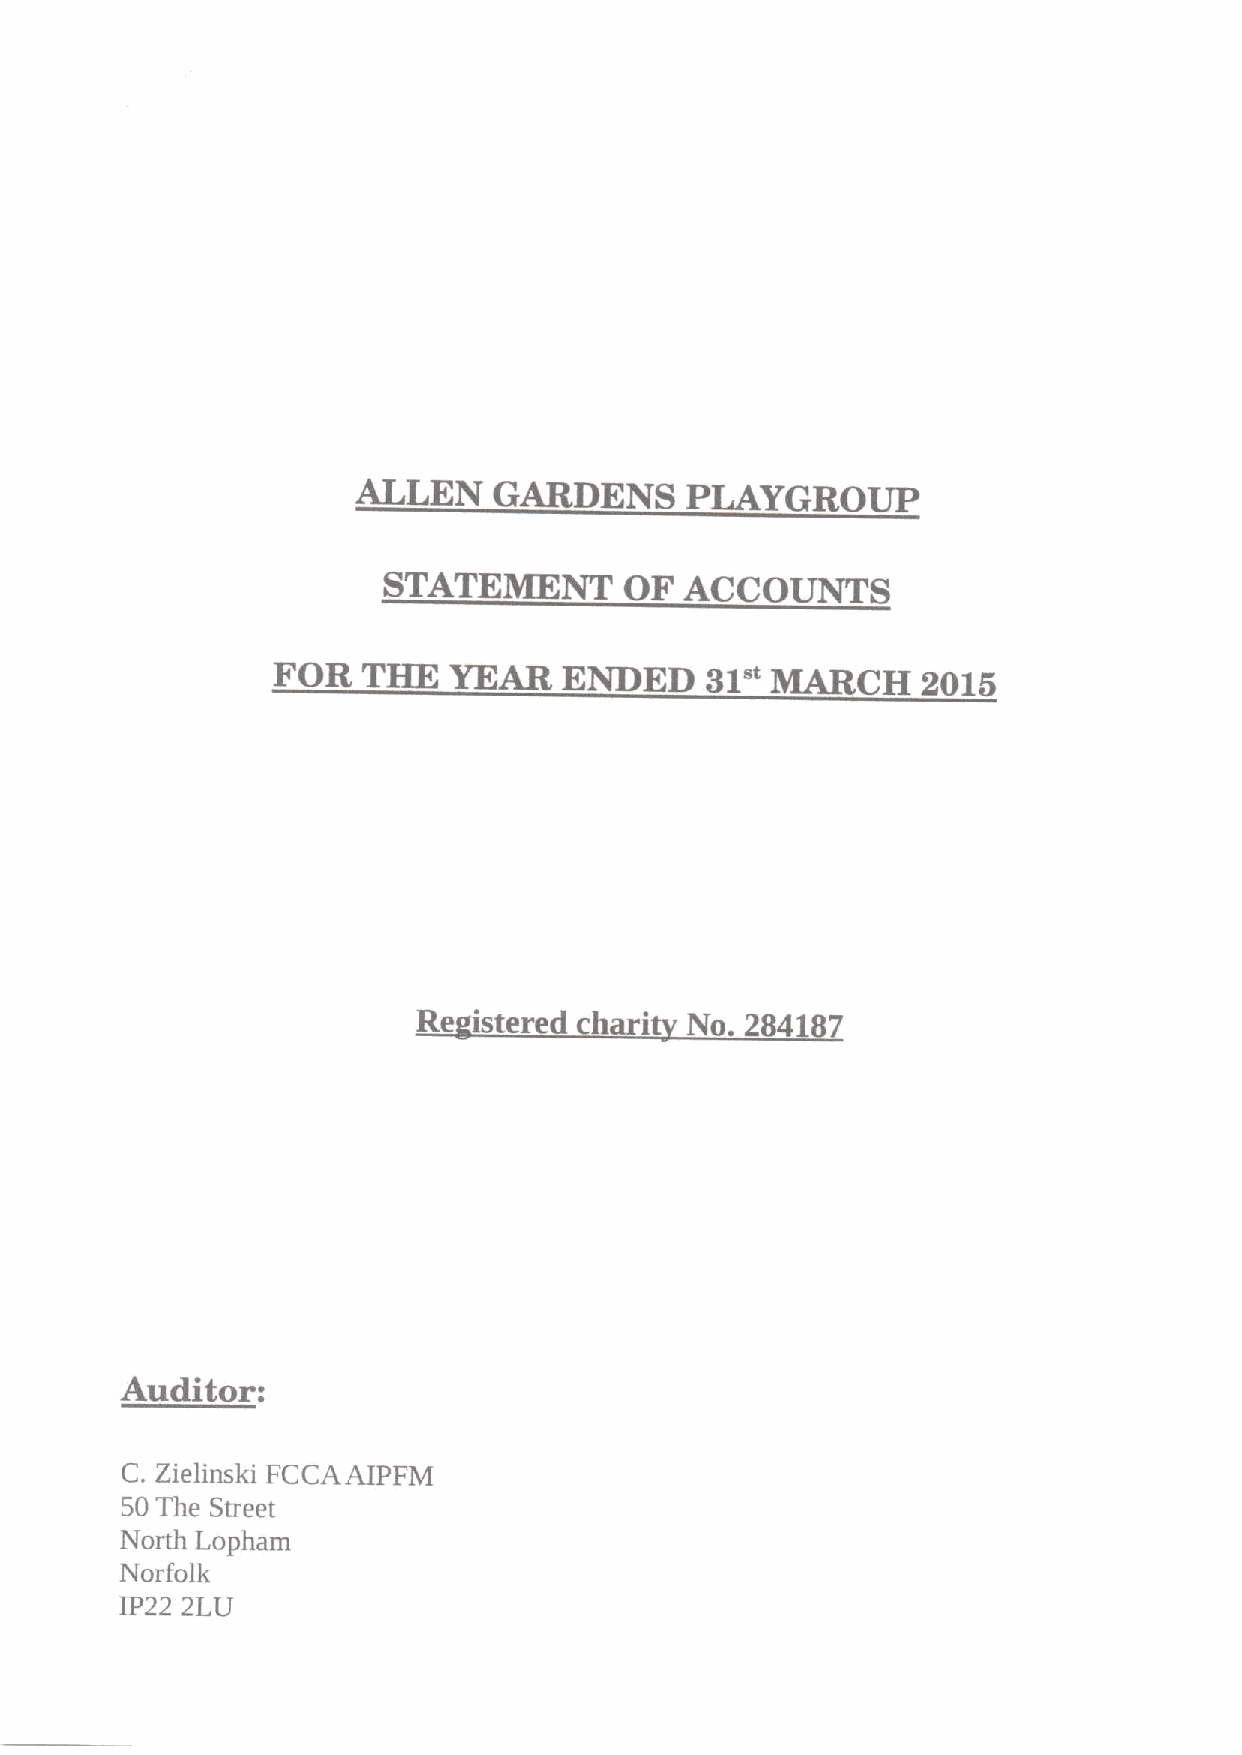
ALLEN    GARDENS     PLAYGROUP
 STATEMENT       OF  ACCOUNTS
 FOR   THE   YEAR   ENDED     31" MARCH     2015
 Re istered chari No. 284187
 Auditor:
 C. Zielinski FCCAAIPFM
 50 The Street
 North Lopham
 Norfolk
 IP22 2LU